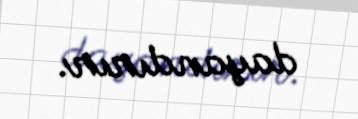
dayandırır.